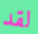
لقد